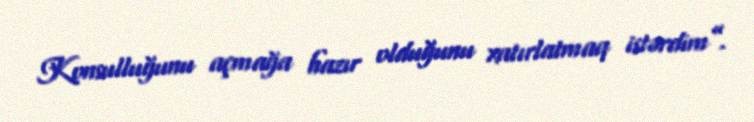
Konsulluğunu açmağa hazır olduğunu xatırlatmaq istərdim”.